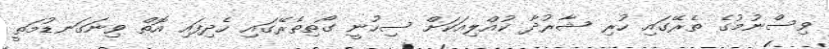
ވިސްނުމުގެ ތެރޭގައި ހުރި ޝާރުދާ ކުއްލިއަކަށް ސިހުނީ ގޯތިތެރޭގައި ހެދިފައި އޮތް ވިނަގަނޑުމަތީ